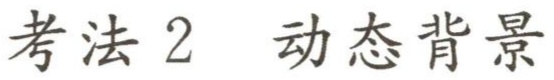
考法 2  动态背景